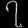
Digit: ၇